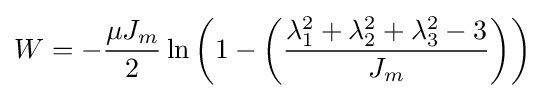
W=-{\frac {\mu J_{m}}{2}}\ln \left(1-\left({\frac {\lambda _{1}^{2}+\lambda _{2}^{2}+\lambda _{3}^{2}-3}{J_{m}}}\right)\right)